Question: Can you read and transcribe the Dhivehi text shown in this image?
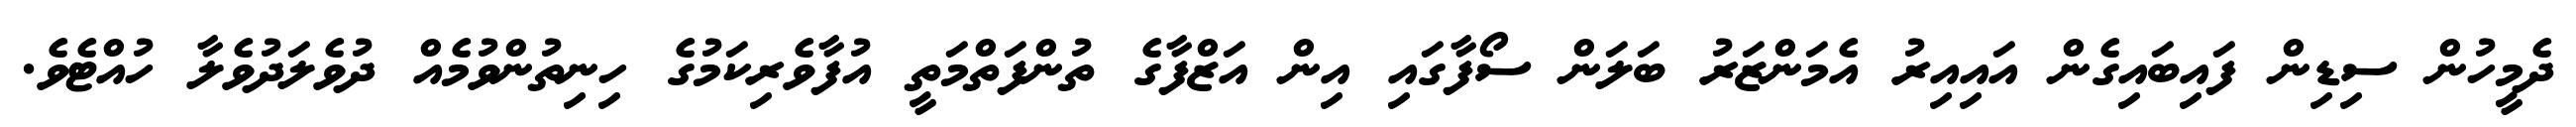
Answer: ދެމީހުން ސިޑިން ފައިބައިގެން އައިއިރު އެމަންޒަރު ބަލަން ސޯފާގައި އިން އަޒްފާގެ ތުންފަތްމަތީ އުފާވެރިކަމުގެ ހިނިތުންވުމެއް ދުވެލަދުވެލާ ހުއްޓެވެ.